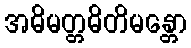
အဓိမတ္တဓိတိမန္တော